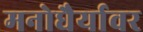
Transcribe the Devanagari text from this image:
मनोधैर्यावर